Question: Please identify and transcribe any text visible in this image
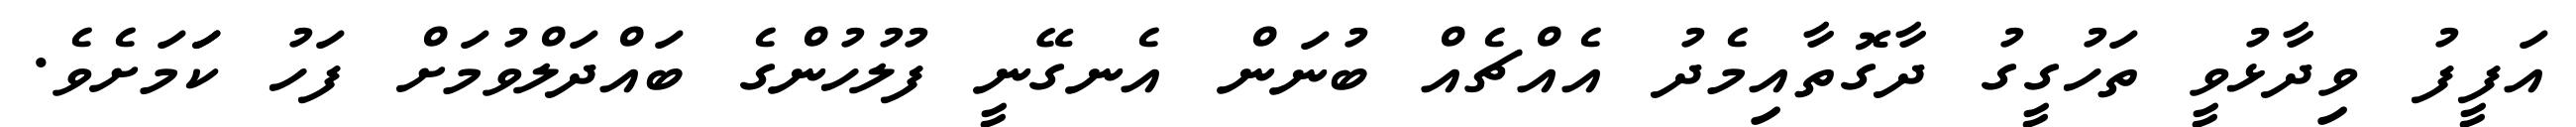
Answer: އަފީފު ވިދާޅުވީ ތަހުގީގު ދާގޮތާއިމެދު އެއްޗެއް ބުނަން އެނގޭނީ ފުލުހުންގެ ބައްދަލްވުމަށް ފަހު ކަަމަށެވެ.